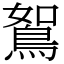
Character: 鴽